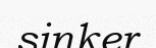
sinker